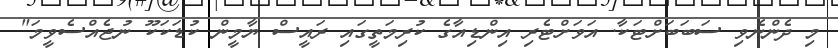
މި ދެންނެވި ސަބަބަށްޓަކާ. އަވަށްޓެރި އިންޑިއާގެ ކުރިމަތީގައި ރައީސް ޔާމީން ކުޑަކަކޫ ނުޖެއްސެވީމަ"